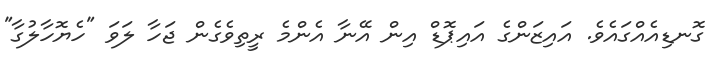
ގޮނޑިއެއްގައެވެ. އައިޒަންގެ އައިޕޮޑް އިން އޭނާ އެންމެ ރީތިވެގެން ޖަހާ ލަވަ "ހެޔޮހާލުގާ"